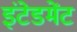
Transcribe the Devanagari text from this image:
इंटेडमेंट